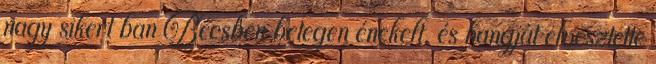
nagy sikert ban Bécsben betegen énekelt, és hangját elvesztette